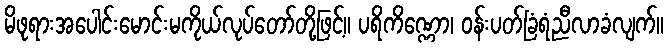
မိဖုရားအပေါင်းမောင်းမကိုယ်လုပ်တော်တို့ဖြင့်။ ပရိကိဏ္ဏော၊ ဝန်းပတ်ခြံရံညီလာခံလျက်။